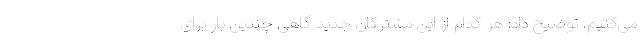
می‌کنیم، توضیح داد: هر کدام از این مشترکان جدید گاهی چندین بار برای